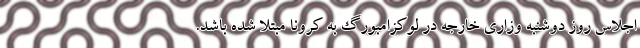
اجلاس روز دوشنبه وزاری خارجه در لوکزامبورگ به کرونا مبتلا شده باشد.